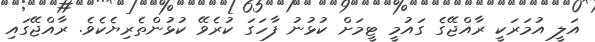
އަލީ އުމަރަކީ ރާއްޖޭގެ ގައުމީ ޓީމަށް ކުޅުނު ފާހަގަ ކުރެވޭ ކުޅުންތެރިޔެކެވެ. ރާއްޖޭގައި